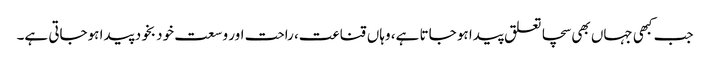
جب کبھی جہاں بھی سچا تعلق پیدا ہو جاتا ہے، وہاں قناعت، راحت اور وسعت خود بخود پیدا ہوجاتی ہے۔